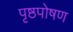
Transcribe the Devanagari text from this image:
पृष्ठपोषण